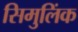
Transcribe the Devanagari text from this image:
सिमुलिंक